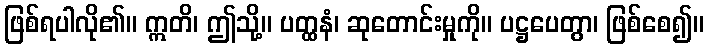
ဖြစ်ရပါလို၏။ ဣတိ၊ ဤသို့။ ပတ္ထနံ၊ ဆုတောင်းမှုကို။ ပဋ္ဌပေတွာ၊ ဖြစ်စေ၍။